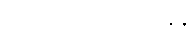
ဥဘော မဂ္ဂေဟိ သန္ဒန္တိ၊